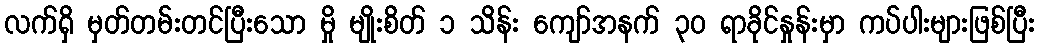
လက်ရှိ မှတ်တမ်းတင်ပြီးသော မှို မျိုးစိတ် ၁ သိန်း ကျော်အနက် ၃၀ ရာခိုင်နှုန်းမှာ ကပ်ပါးများဖြစ်ပြီး